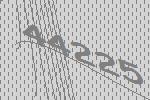
44225